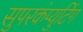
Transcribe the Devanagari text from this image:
सुपरकंप्युटिंग